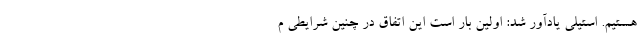
هستیم. استیلی یادآور شد: اولین بار است این اتفاق در چنین شرایطی م